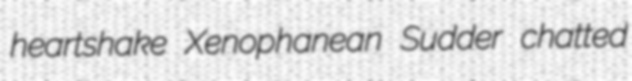
heartshake Xenophanean Sudder chatted